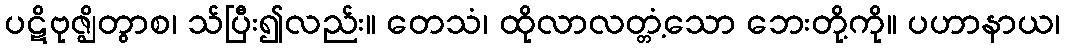
ပဋိဗုဇ္ဈိတွာစ၊ သ်ပြီး၍လည်း။ တေသံ၊ ထိုလာလတ္တံ့သော ဘေးတို့ကို။ ပဟာနာယ၊